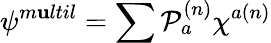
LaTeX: \psi^{m\mathbf{u}ltil}=\sum{\cal{P}}_{a}^{(n)}\chi^{a(n)}